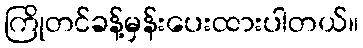
ကြိုတင်ခန့်မှန်းပေးထားပါတယ်။